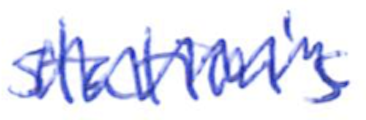
Text: station's
Cross-out: zig-zag
Writing tool: ballpoint